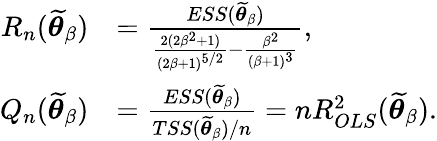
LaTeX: \begin{array}{rl}{R_{n}(\widetilde{\boldsymbol{\theta}}_{\beta})}&{=\frac{ESS(\widetilde{\boldsymbol{\theta}}_{\beta})}{\frac{2(2\beta^{2}+1)}{(2\beta+1)^{5/2}}-\frac{\beta^{2}}{(\beta+1)^{3}}},}\\ {Q_{n}(\widetilde{\boldsymbol{\theta}}_{\beta})}&{=\frac{ESS(\widetilde{\boldsymbol{\theta}}_{\beta})}{TSS(\widetilde{\boldsymbol{\theta}}_{\beta})/n}=nR_{OLS}^{2}(\widetilde{\boldsymbol{\theta}}_{\beta}).}\end{array}